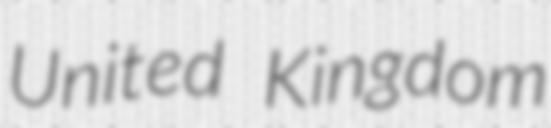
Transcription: United Kingdom